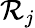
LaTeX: \mathcal{R}_{j}